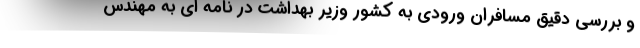
و بررسی دقیق مسافران ورودی به کشور وزیر بهداشت در نامه ای به مهندس